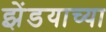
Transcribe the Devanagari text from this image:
झेंडयाच्या